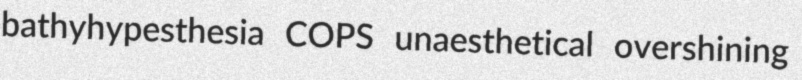
bathyhypesthesia COPS unaesthetical overshining